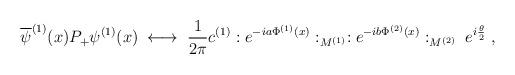
LaTeX: \begin{align*}\overline{\psi}^{(1)}(x) P_+ \psi^{(1)}(x) \; \longleftrightarrow \;\frac{1}{2\pi} c^{(1)} :e^{-ia \Phi^{(1)}(x)}:_{M^{(1)}}:e^{-ib \Phi^{(2)}(x)}:_{M^{(2)}} \; e^{i\frac{\theta}{2}} \; ,\end{align*}